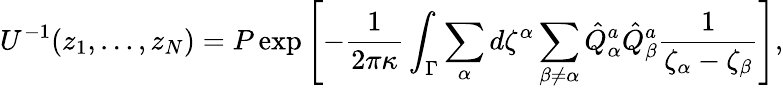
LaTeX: U^{-1}(z_{1},\dots,z_{N})=P\exp\left[-{\frac{1}{2\pi\kappa}}\int_{\Gamma}\sum_{\alpha}d\zeta^{\alpha}\sum_{\beta\not=\alpha}\hat{Q}_{\alpha}^{a}\hat{Q}_{\beta}^{a}{\frac{1}{\zeta_{\alpha}-\zeta_{\beta}}}\right],